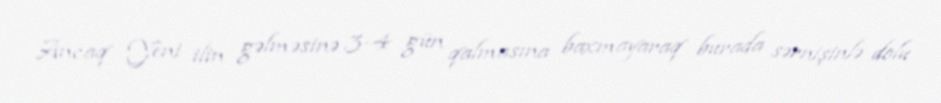
Ancaq Yeni ilin gəlməsinə 3-4 gün qalmasına baxmayaraq burada sərnişinlə dolu